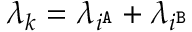
\lambda _ { k } = \lambda _ { i ^ { \tt A } } + \lambda _ { i ^ { \tt B } }